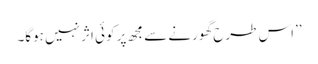
’’اس طرح گھورنے سے مجھ پر کوئی اثر نہیں ہوگا۔